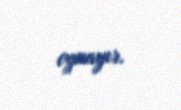
oynayır.